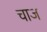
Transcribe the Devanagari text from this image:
चाज